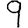
Digit: 9